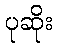
ပုဆိုး